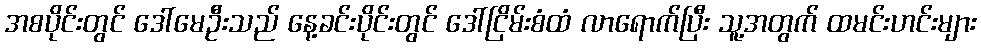
အစပိုင်းတွင် ဒေါ်မေဦးသည် နေ့ခင်းပိုင်းတွင် ဒေါ်ငြိမ်းစံထံ လာရောက်ပြီး သူ့အတွက် ထမင်းဟင်းများ